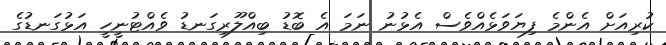
ކުރިއަށް އެންމެ ފިޔަވަޅެއްވެސް އެޅުނު ނަމަ އެ ބޮޑު ބިއްލޫރިގަނޑު ވެއްޓުނީހީ އަޅުގަނޑުގެ